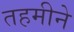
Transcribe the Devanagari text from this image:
तहमीने